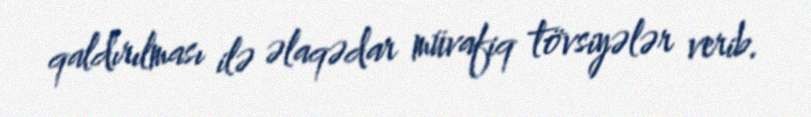
qaldırılması ilə əlaqədar müvafiq tövsiyələr verib.